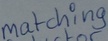
Text: matching